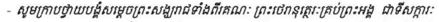
- សូមក្រាបថ្វាយបង្គំសម្តេចព្រះសង្ឃរាជទាំងពីរគណៈ ព្រះថេរានុត្ថេរៈគ្រប់ព្រះអង្គ ជាទីសក្ការៈ